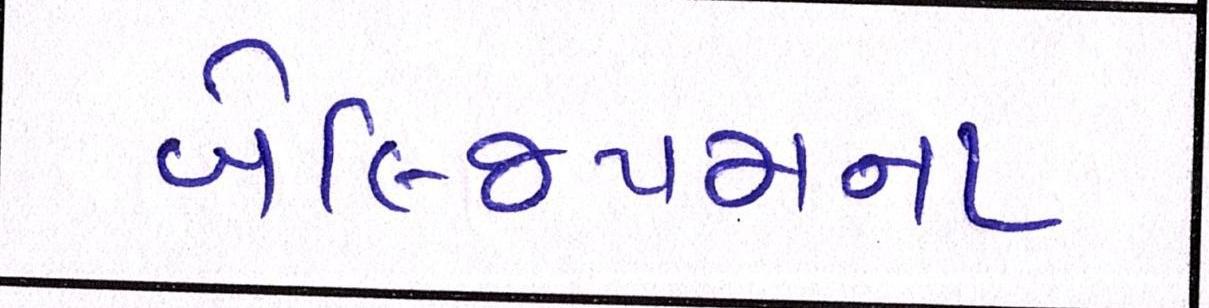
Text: બેલ્જિયમના